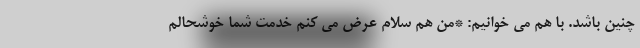
چنین باشد. با هم می خوانیم: *من هم سلام عرض می کنم خدمت شما خوشحالم